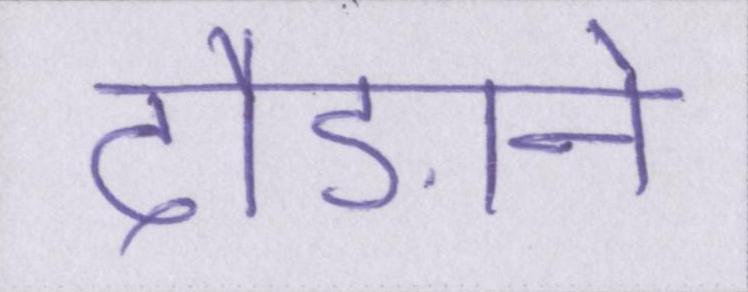
दौड़ाने